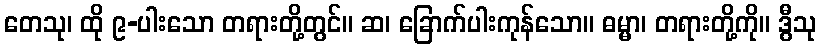
တေသု၊ ထို ၉-ပါးသော တရားတို့တွင်။ ဆ၊ ခြောက်ပါးကုန်သော။ ဓမ္မာ၊ တရားတို့ကို။ ဒွီသု